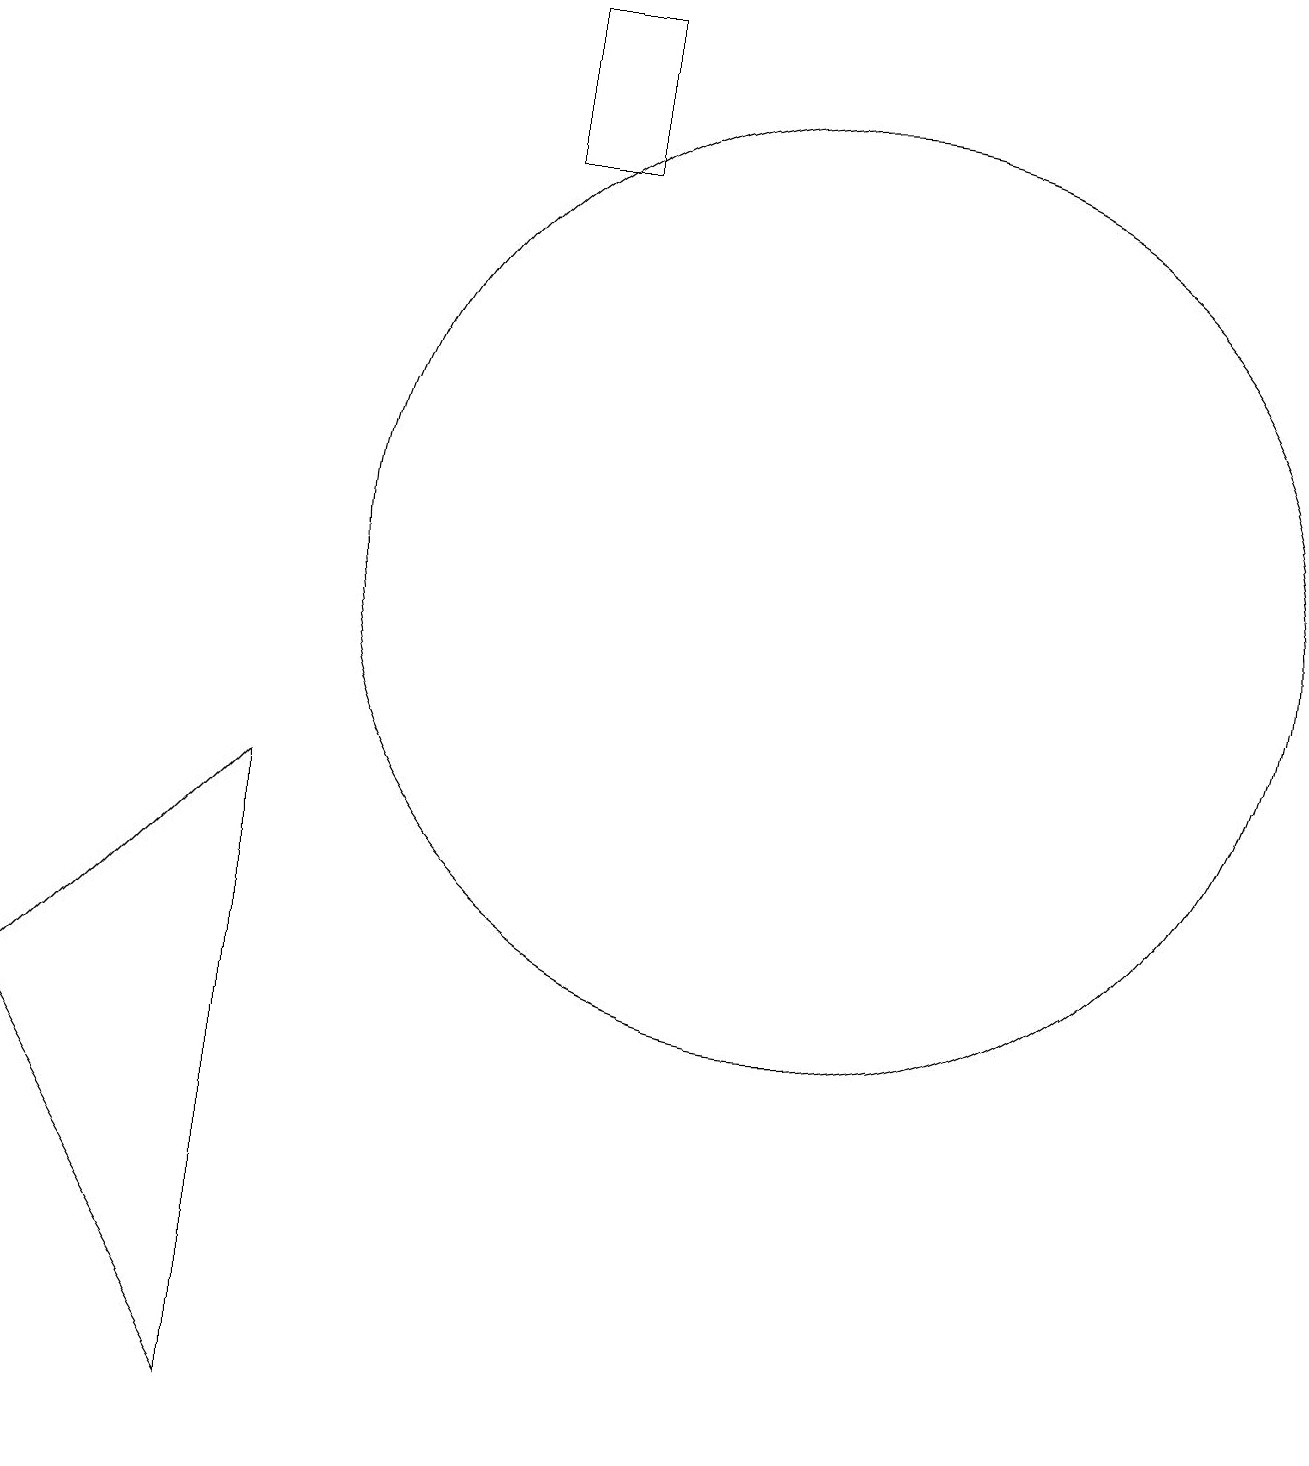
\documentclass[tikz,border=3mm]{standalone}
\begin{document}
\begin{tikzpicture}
\draw (1,5) -- (4,0) -- (4,8) -- cycle;
\draw (7,16) rectangle (8,18);
\draw (11,11) circle (6);
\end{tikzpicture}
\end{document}